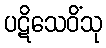
ပဋိသေဝိံသု